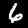
Label: 6